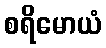
စရိမောယံ